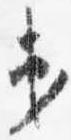
第